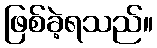
ဖြစ်ခဲ့ရသည်။